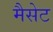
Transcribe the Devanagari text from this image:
मैसेट